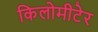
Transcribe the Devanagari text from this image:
किलोमीटेर